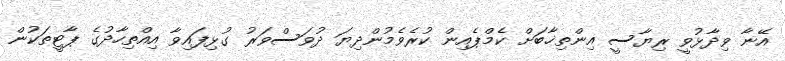
އޭނާ ވިދާޅުވީ ރިޔާސީ އިންތިޚާބަށް ކެމްޕެއިން ކުރެވެމުންދިޔަ ދުވަސްވަރު ގުޅިފައިވާ އިއްތިހާދުގެ ޕާޓީތަކުން